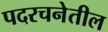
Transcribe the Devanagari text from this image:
पदरचनेतील